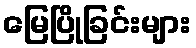
မြေပြိုခြင်းများ